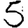
Digit: 5